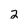
Character: 2